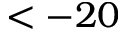
< - 2 0